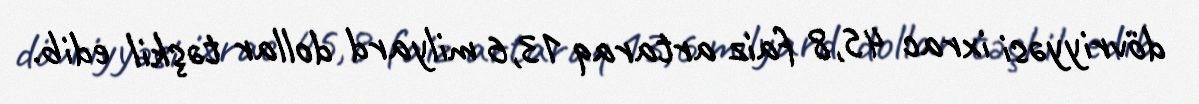
dövriyyəsi ixrac 45,8 faiz artaraq 13,6 milyard dollar təşkil edib.